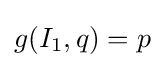
g(I_{1},q)=p